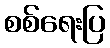
စစ်ရေးပြ